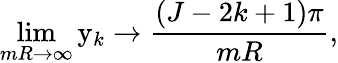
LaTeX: \operatorname*{lim}_{mR\to\infty}\mathrm{y}_{k}\to{\frac{(J-2k+1)\pi}{mR}},